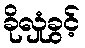
ခိုလှုံခွင့်